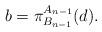
LaTeX: \begin{align*}b=\pi^{A_{n-1}}_{B_{n-1}}(d).\end{align*}